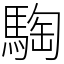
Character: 騊